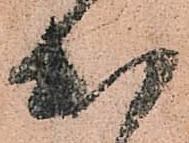
出